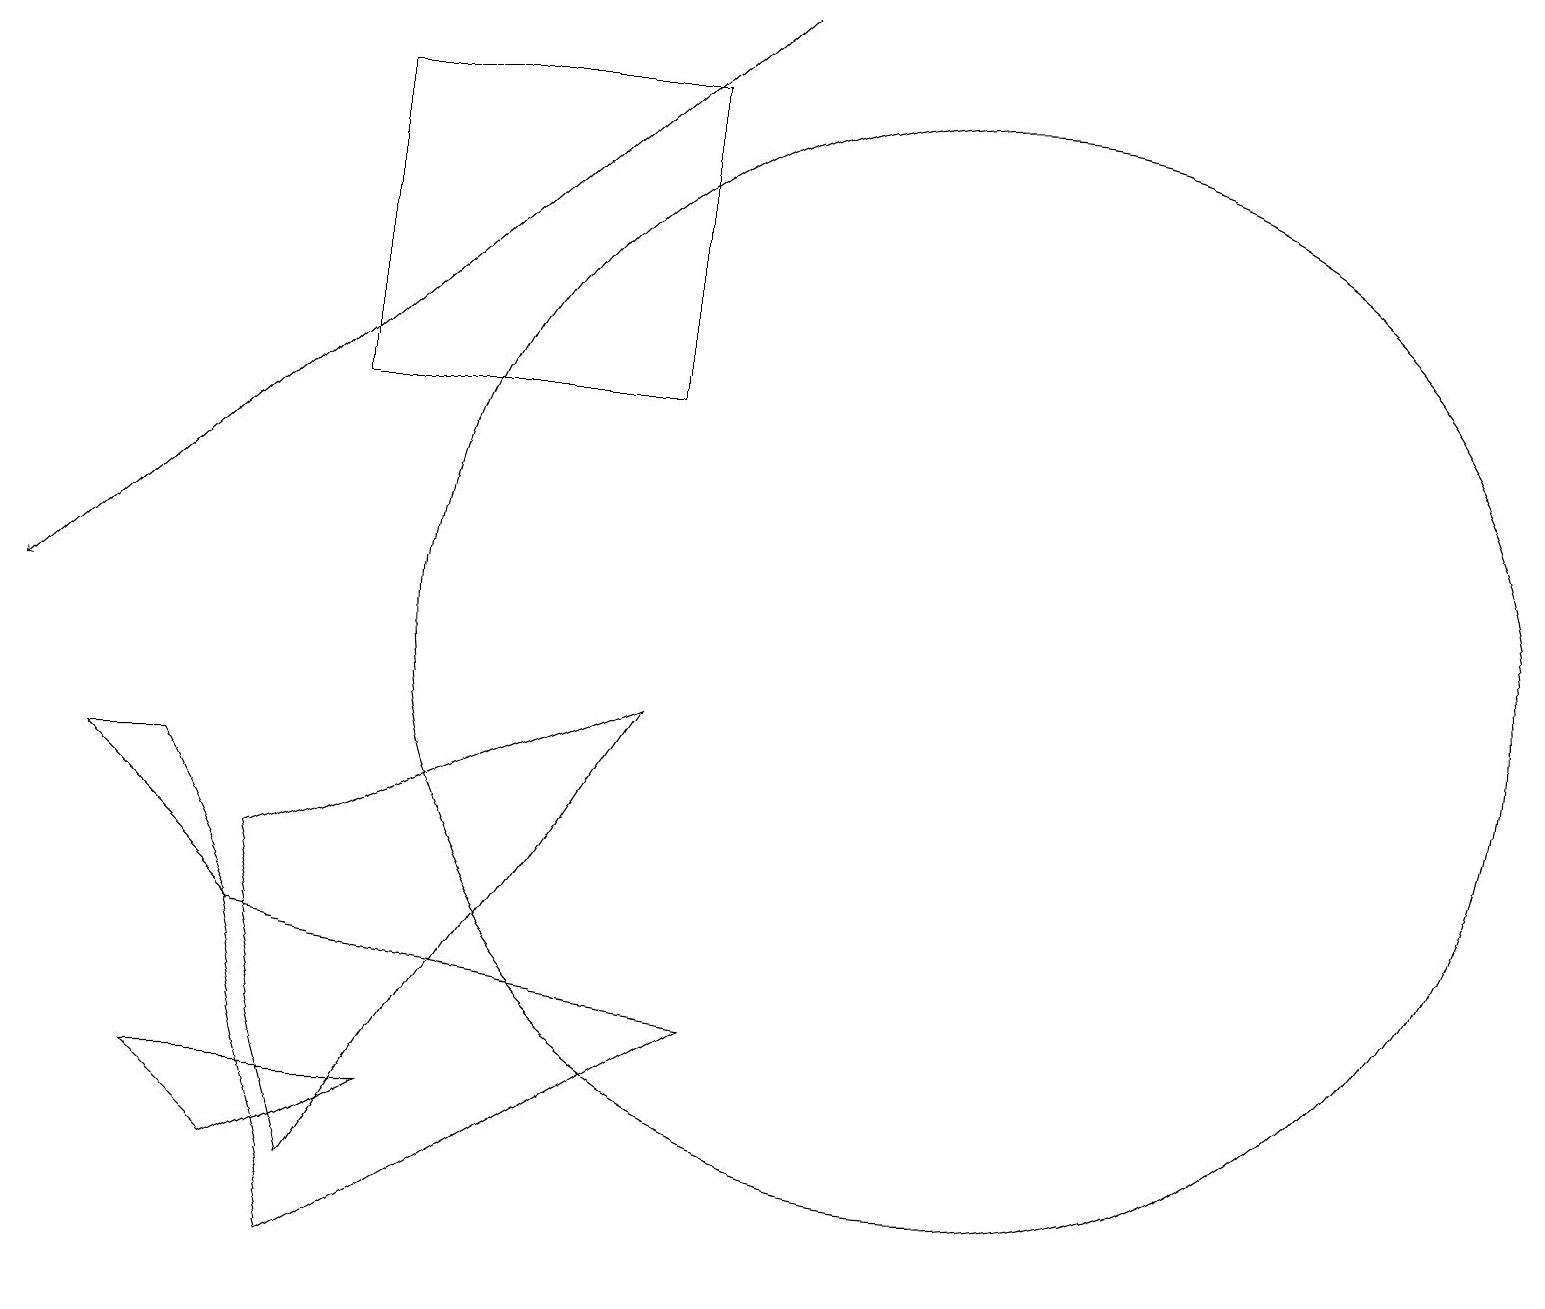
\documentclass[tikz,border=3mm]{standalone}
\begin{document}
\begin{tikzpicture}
\draw (3,6) -- (4,2) -- (9,5) -- cycle;
\draw (12,10) circle (7);
\draw[->] (9,18) -- (0,10);
\draw (5,4) -- (2,4) -- (3,3) -- cycle;
\draw (3,6) -- (2,8) -- (1,8) -- cycle;
\draw (8,17) rectangle (4,13);
\draw (4,3) -- (3,7) -- (8,9) -- cycle;
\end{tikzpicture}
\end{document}